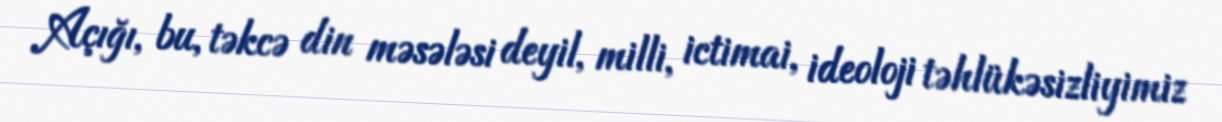
Açığı, bu, təkcə din məsələsi deyil, milli, ictimai, ideoloji təhlükəsizliyimiz